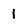
Character: 1